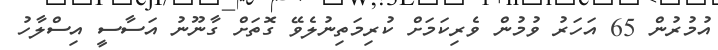
އުމުރުން 65 އަހަރު ވުމުން ވެރިކަމަށް ކުރިމަތިނުލެވޭ ގޮތަށް ގާނޫނު އަސާސީ އިސްލާހު